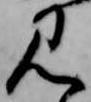
見